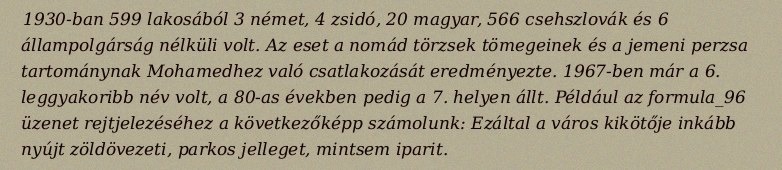
1930-ban 599 lakosából 3 német, 4 zsidó, 20 magyar, 566 csehszlovák és 6 állampolgárság nélküli volt. Az eset a nomád törzsek tömegeinek és a jemeni perzsa tartománynak Mohamedhez való csatlakozását eredményezte. 1967-ben már a 6. leggyakoribb név volt, a 80-as években pedig a 7. helyen állt. Például az formula_96 üzenet rejtjelezéséhez a következőképp számolunk: Ezáltal a város kikötője inkább nyújt zöldövezeti, parkos jelleget, mintsem iparit.